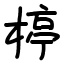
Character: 楟